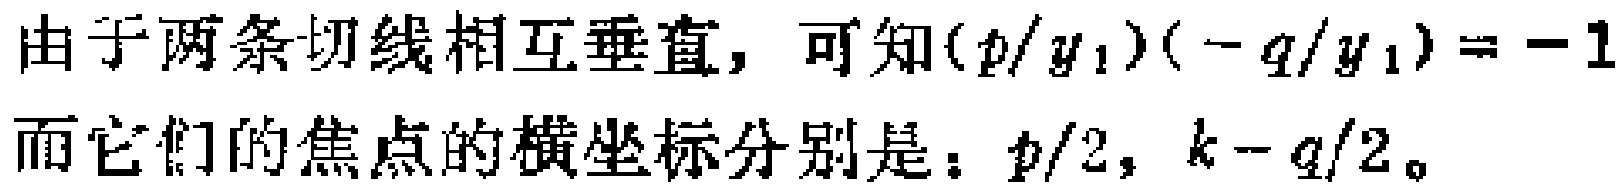
例 7 “连续抛一枚硬币，直到相邻的两次均为正面为止”的事件发生在第\(n\)次抛掷的所有可能方式有多少种？（\(n\geq2\)）